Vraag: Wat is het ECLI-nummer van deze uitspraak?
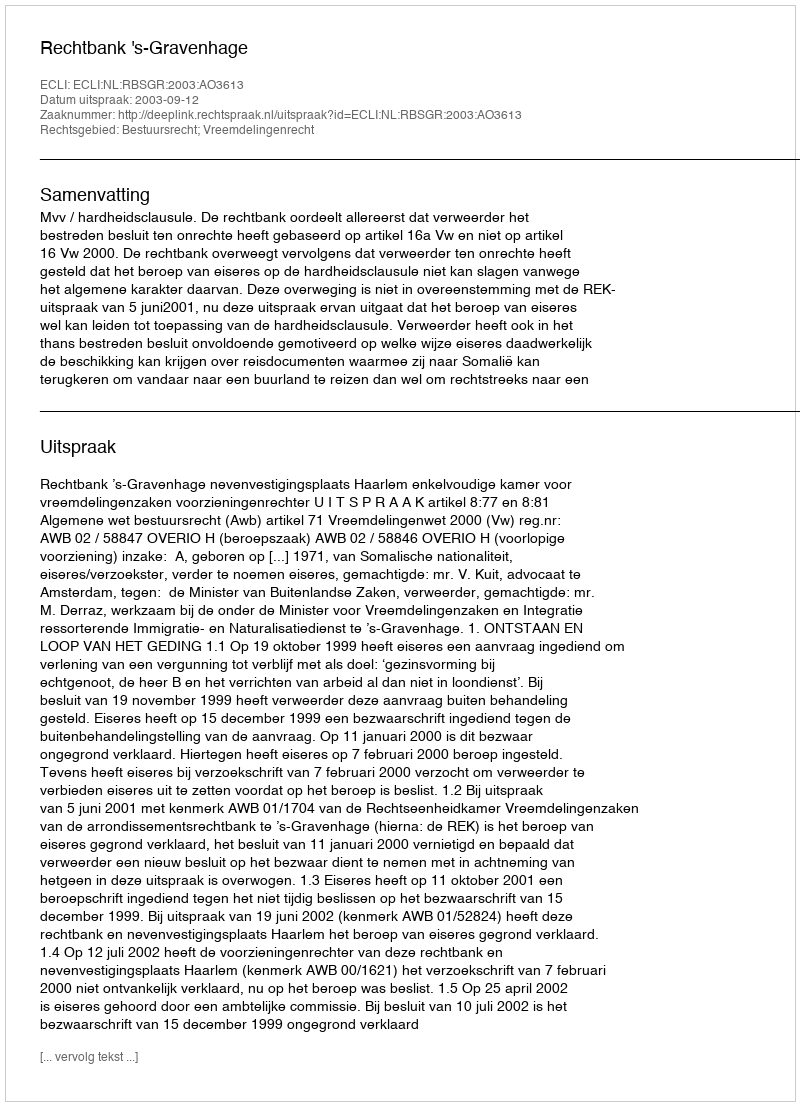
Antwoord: ECLI:NL:RBSGR:2003:AO3613